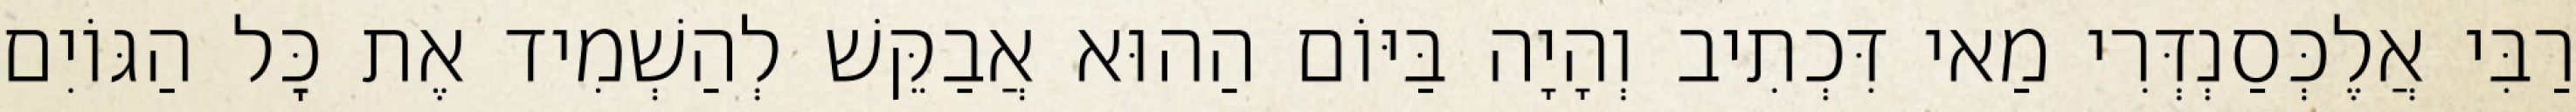
רַבִּי אֲלֶכְּסַנְדְּרִי מַאי דִּכְתִיב וְהָיָה בַּיּוֹם הַהוּא אֲבַקֵּשׁ לְהַשְׁמִיד אֶת כׇּל הַגּוֹיִם